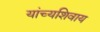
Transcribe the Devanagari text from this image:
यांच्यशिवाय